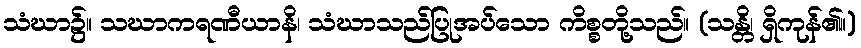
သံဃာ၌။ သဃာကရဏီယာနိ၊ သံဃာသည်ပြုအပ်သော ကိစ္စတို့သည်။ (သန္တိ၊ ရှိကုန်၏။)